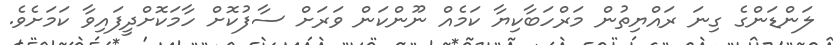
ލަންޑަންގެ ގިނަ ރައްޔިތުން މަރްހަބާކިޔާ ކަމެއް ނޫންކަން ވަރަށް ސާފުކޮށް ހާމަކޮށްދީފައިވާ ކަމަށެވެ.